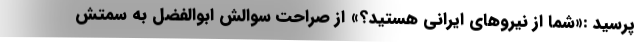
پرسید :«شما از نیروهای ایرانی هستید؟» از صراحت سوالش ابوالفضل به سمتش